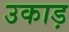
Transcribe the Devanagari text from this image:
उकाड़